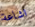
اشاعة